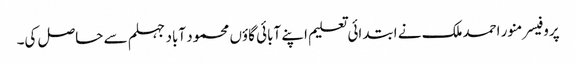
پروفیسر منور احمدملک نے ابتدائی تعلیم اپنے آبائی گاؤں محمود آباد جہلم سے حاصل کی۔